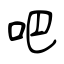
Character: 吧